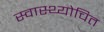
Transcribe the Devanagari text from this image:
स्वास्थ्योचित